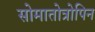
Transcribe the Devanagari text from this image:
सोमातोत्रोपिन